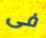
فى